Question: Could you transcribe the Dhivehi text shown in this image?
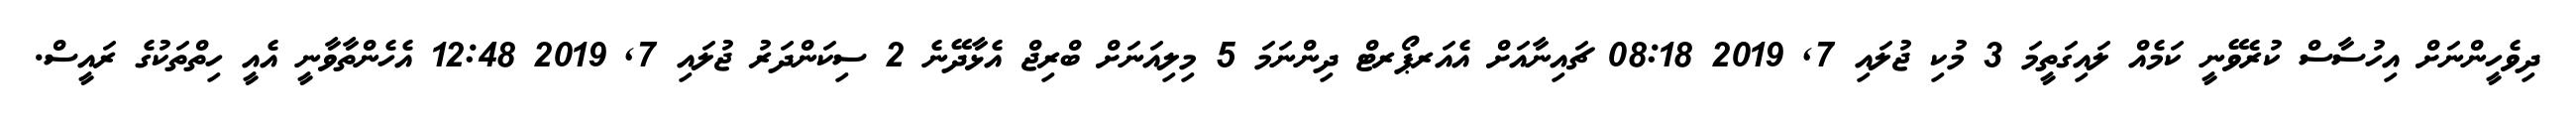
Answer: ދިވެހީންނަށް އިހުސާސް ކުރެވޭނީ ކަމެއް ލައިގަތީމަ 3 މުކި ޖުލައި 7, 2019 08:18 ޗައިނާއަށް އެއަރޕޯރޓް ދިންނަމަ 5 މިލިއަނަށް ބްރިޖް އެޅާދޭނެ 2 ސިކަންދަރު ޖުލައި 7, 2019 12:48 އެހެންތާވާނީ އެއީ ހިތްތަކުގެ ރައީސް.